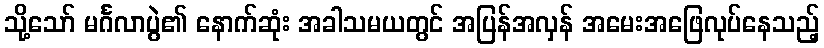
သို့သော် မင်္ဂလာပွဲ၏ နောက်ဆုံး အခါသမယတွင် အပြန်အလှန် အမေးအဖြေလုပ်နေသည့်